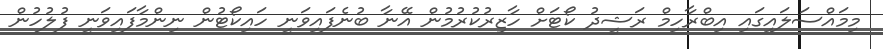
މިމައްސަލައިގައި އިބްރާހިމް ރަޝީދު ކޯޓަށް ހާޒިރުކުރުމުން އޭނާ ބުނެފައިވަނީ ހައިކޯޓުން ނިންމާފައިވަނީ ފުލުހުން